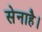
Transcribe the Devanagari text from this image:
सेनाहै।